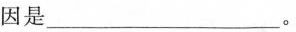
因是_______________。